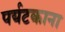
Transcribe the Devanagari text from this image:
पर्यटकाना